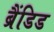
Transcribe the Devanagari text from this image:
ब्रैंडिड